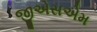
જીએસએમ